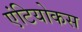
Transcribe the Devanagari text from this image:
एंटियोकस